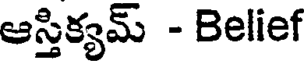
ఆస్తిక్యమ్ - Belief